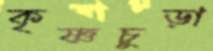
কৃষ্ণচুড়া